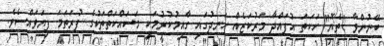
ބޭނުންވާ "ތެޔޮ" ހަކަތަ އުފައްދާ މަރުކަޒެއް ހަނދުގައި ގާއިމުކުރުމަކީ މަސައްކަތްތަކުގެ ފުރަތަމަ ފިޔަވައްސެވެ.